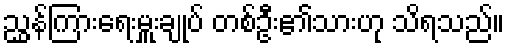
ညွှန်ကြားရေးမှူးချုပ် တစ်ဦး၏သားဟု သိရသည်။